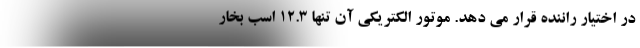
در اختیار راننده قرار می دهد. موتور الکتریکی آن تنها 12.3 اسب بخار